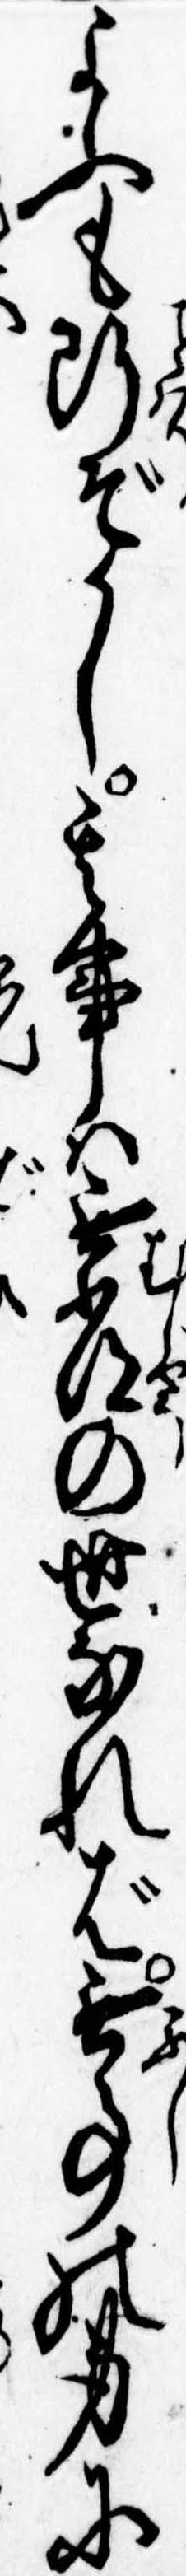
よふも断ぞかし其事は無常の世なれば無事の身に